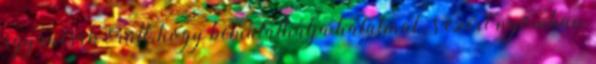
ugyancsak örült, hogy bemutathatja hatalmát , s ezért nyomban